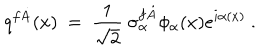
LaTeX: q ^ { f \dot { A } } ( x ) \ = \ \frac 1 { \sqrt 2 } \ \sigma _ { \alpha } ^ { f \dot { A } } \phi _ { \alpha } ( x ) e ^ { i \alpha ( x ) } \ .